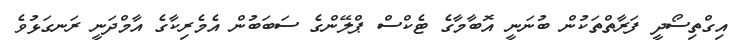
އިގްތިސޯދީ ފަރާތްތަކުން ބުނަނީ އޮބާމާގެ ޓެކްސް ޕްލޭންގެ ސަބަބުން އެމެރިކާގެ އާމްދަނީ ރަނގަޅުވެ